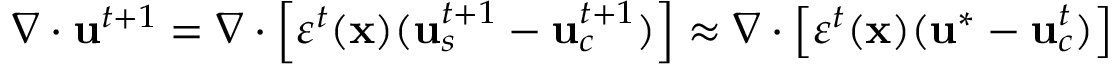
\nabla \cdot \mathbf { u } ^ { t + 1 } = \nabla \cdot \left[ \varepsilon ^ { t } ( \mathbf { x } ) ( \mathbf { u } _ { s } ^ { t + 1 } - \mathbf { u } _ { c } ^ { t + 1 } ) \right] \approx \nabla \cdot \left[ \varepsilon ^ { t } ( \mathbf { x } ) ( \mathbf { u } ^ { * } - \mathbf { u } _ { c } ^ { t } ) \right]